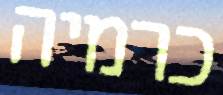
כרמיה